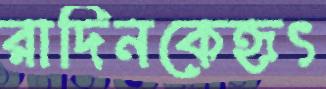
রাদিনকেহৃৎ